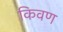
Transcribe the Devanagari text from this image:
किवण